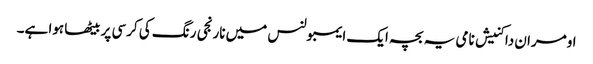
اومران داکنیش نامی یہ بچہ ایک ایمبولنس میں نارنجی رنگ کی کرسی پر بیٹھا ہوا ہے۔